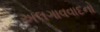
અલગાવવાદનો